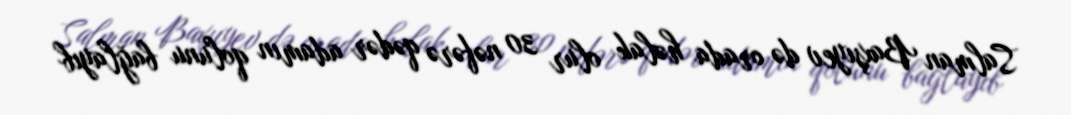
Salman Baxşıyev də orada həlak olur 30 nəfərə qədər adamın qolunu bağlayıb